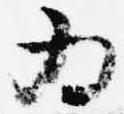
為